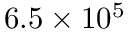
6 . 5 \times 1 0 ^ { 5 }